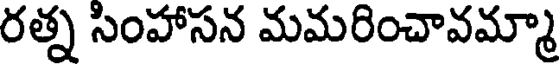
రత్న సింహాసన మమరించావమ్మా